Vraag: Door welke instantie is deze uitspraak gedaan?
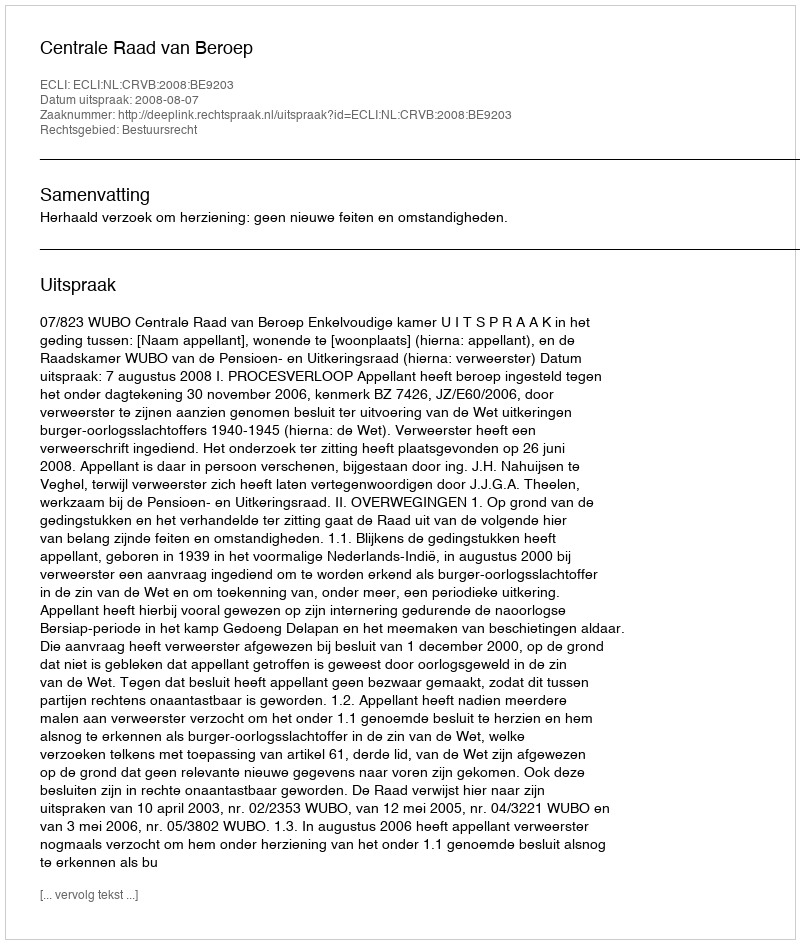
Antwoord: Centrale Raad van Beroep